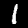
Digit: 1